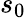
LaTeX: s_{0}